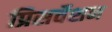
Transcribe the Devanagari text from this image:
प्रिसर्वेशन